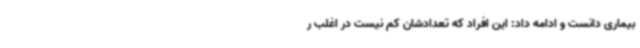
بیماری دانست و ادامه داد: این افراد که تعدادشان کم نیست در اغلب ر